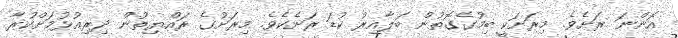
އޮންނަ ރަށެވެ. މިރަށަކީ ބިމުގެގޮތުން ބަލާއިރު ކުޑަ ރަށެކެވެ. މިރަށުގެ ރައްޔިތުން ދިރިއުޅުމަށްކުރާ